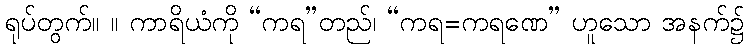
ရုပ်တွက်။ ။ ကာရိယံကို “ကရ”တည်၊ “ကရ=ကရဏေ” ဟူသော အနက်၌